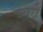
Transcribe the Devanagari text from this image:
ज्वरी